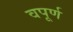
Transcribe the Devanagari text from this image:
वपूर्ण